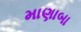
માણાબા